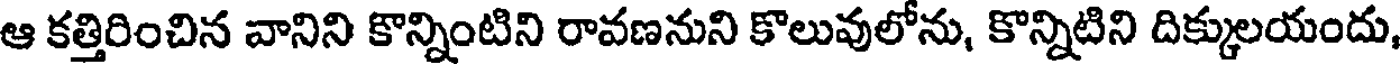
ఆ కత్తిరించిన వానిని కొన్నింటిని రావణనుని కొలువులోను, కొన్నిటిని దిక్కులయందు,